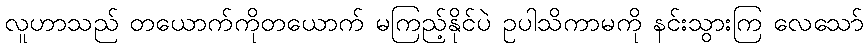
လူဟာသည် တယောက်ကိုတယောက် မကြည့်နိုင်ပဲ ဥပါသိကာမကို နင်းသွားကြ လေသော်